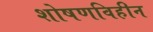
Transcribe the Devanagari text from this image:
शोषणविहीन